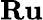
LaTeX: \textbf{R}\textbf{u}